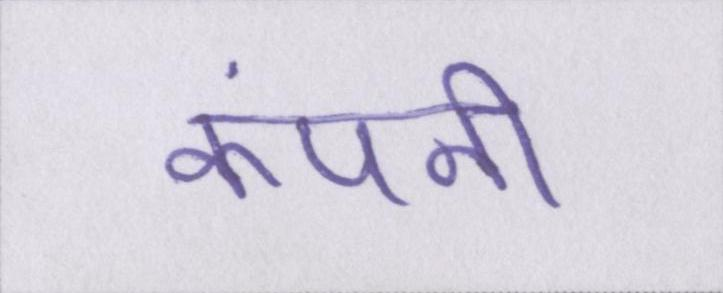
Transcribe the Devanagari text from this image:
कंपनी